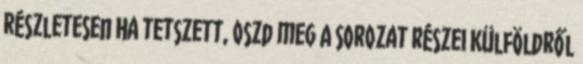
részletesen Ha tetszett, oszd meg A sorozat részei Külföldről